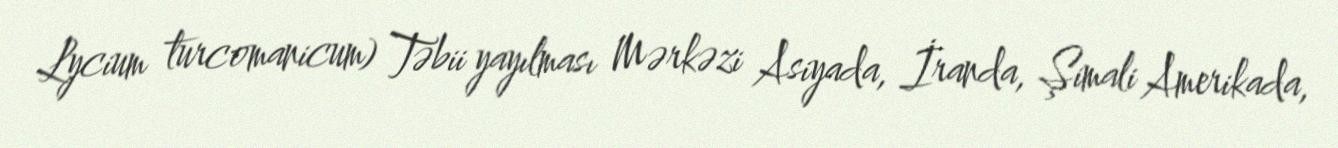
Lycium turcomanicum) Təbii yayılması Mərkəzi Asiyada, İranda, Şimali Amerikada,